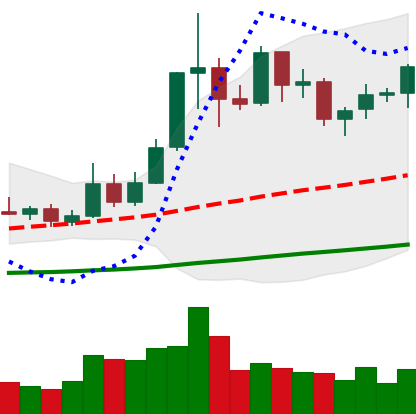
Ticker: ETC-USD
Chart end date: 2019-05-26
Forward return: 13.013%
Label: up_7plus